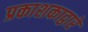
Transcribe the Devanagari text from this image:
प्रकाशकाद्वारे